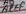
Text: D12